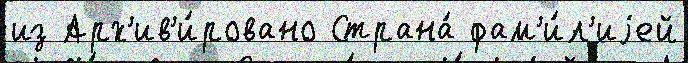
из Арх'ив'и́ровано Страна́ фам'и́л'иjей